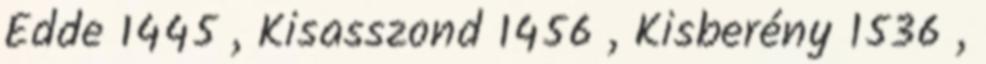
Edde 1445 , Kisasszond 1456 , Kisberény 1536 ,